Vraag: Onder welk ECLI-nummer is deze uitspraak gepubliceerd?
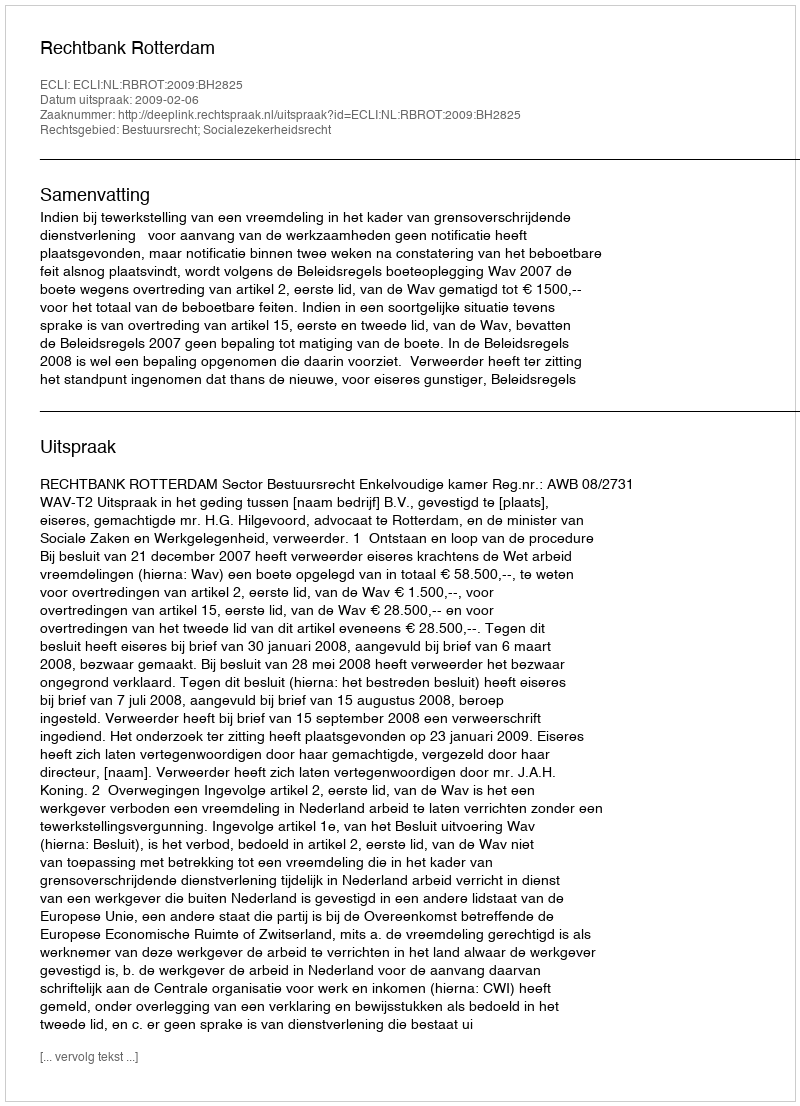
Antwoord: ECLI:NL:RBROT:2009:BH2825